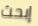
إبحث